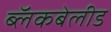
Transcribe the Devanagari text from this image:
ब्लॅकबेलीड